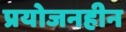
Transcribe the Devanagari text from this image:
प्रयोजनहीन